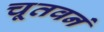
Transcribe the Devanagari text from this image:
चूतवनं